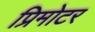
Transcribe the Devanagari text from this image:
प्रिमोटर